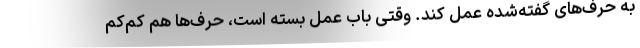
به حرف‌های گفته‌شده عمل کند. وقتی باب عمل بسته است، حرف‌ها هم کم‌کم